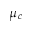
\mu _ { c }